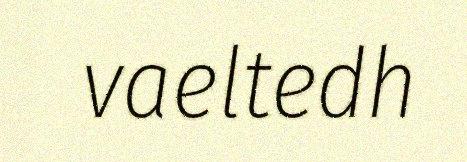
vaeltedh